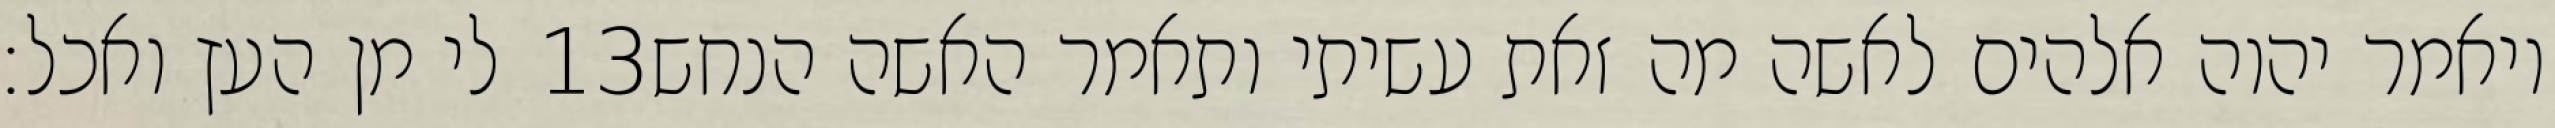
לי מן העץ ואכל׃ ‎13‏ ויאמר יהוה אלהים לאשה מה זאת עשיתי ותאמר האשה הנחש